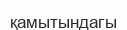
қамытындагы